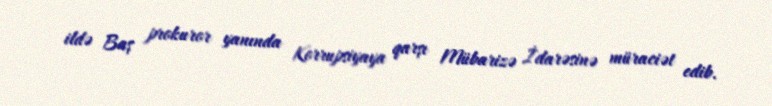
ildə Baş prokuror yanında Korrupsiyaya qarşı Mübarizə İdarəsinə müraciət edib.